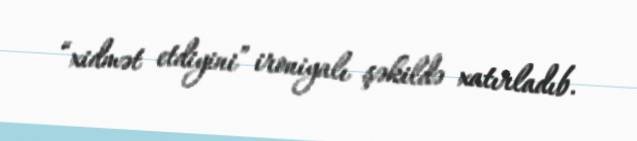
“xidmət etdiyini” ironiyalı şəkildə xatırladıb.